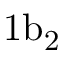
\mathrm { 1 b _ { 2 } }